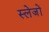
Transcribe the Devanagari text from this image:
स्लेजों